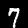
Digit: 7